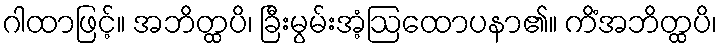
ဂါထာဖြင့်။ အဘိတ္ထပိ၊ ခြီးမွမ်းအံ့ဩထောပနာ၏။ ကိံအဘိတ္ထပိ၊